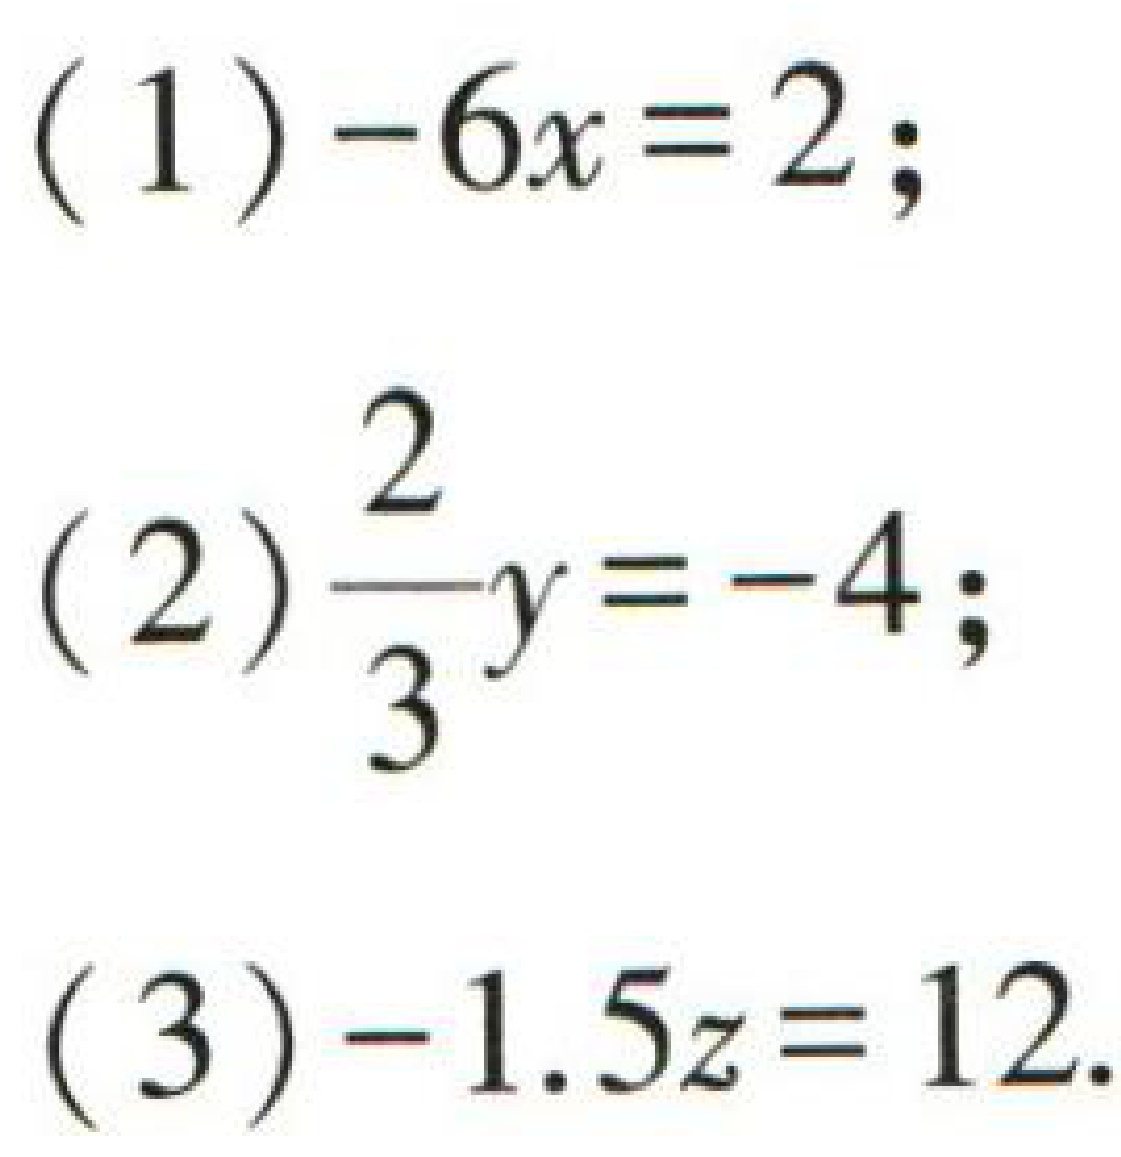
(1) \(-6x = 2\);

(2) \(\frac{2}{3}y = -4\);

(3) \(-1.5z = 12\)